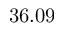
3 6 . 0 9